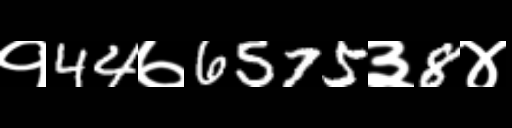
Text: १44७6575३8४